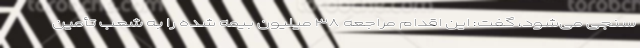
سنجی می‌شود، گفت: این اقدام مراجعه ۳۸ میلیون بیمه شده را به شعب تأمین